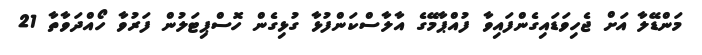
މަންޑޭލާ އަށް ޖެހިވަޑައިގެންފައިވާ ފުއްޕާމޭގެ އާލާސްކަންފުޅާ ގުޅިގެން ހޮސްޕިޓަލުން ފަރުވާ ހޯއްދަވާތާ 21